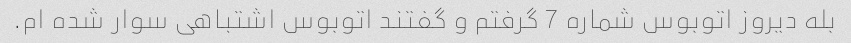
بله دیروز اتوبوس شماره 7 گرفتم و گفتند اتوبوس اشتباهی سوار شده ام.